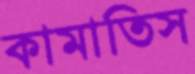
কামাতিস